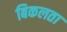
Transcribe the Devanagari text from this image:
बिकलता